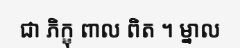
ជា ភិក្ខុ ពាល ពិត ។ ម្នាល